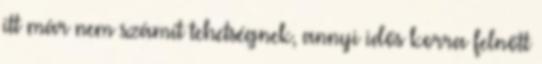
itt már nem számít tehetségnek, annyi idős korra felnőtt